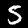
Digit: 5